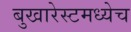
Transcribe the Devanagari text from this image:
बुखारेस्टमध्येच